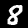
Digit: 8